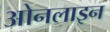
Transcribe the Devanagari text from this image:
ओनलाइन